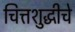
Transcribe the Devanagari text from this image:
चित्तशुद्धीचे